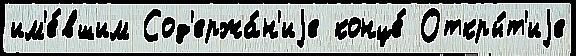
им'е́вшим Сод'ержа́н'иjе конце́ Откры́т'иjе